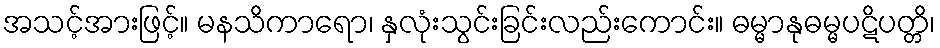
အသင့်အားဖြင့်။ မနသိကာရော၊ နှလုံးသွင်းခြင်းလည်းကောင်း။ ဓမ္မာနုဓမ္မပဋိပတ္တိ၊